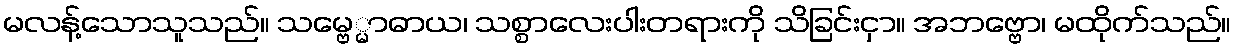
မလန့်သောသူသည်။ သမ္ဗေ္မာဓာယ၊ သစ္စာလေးပါးတရားကို သိခြင်းငှာ။ အဘဗ္ဗော၊ မထိုက်သည်။